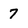
Character: 7